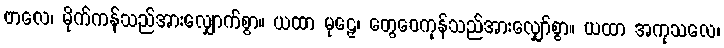
ဗာလေ၊ မိုက်ကန်သည်အားလျှောက်စွာ။ ယထာ မုဠှေ၊ တွေဝေကုန်သည်အားလျှော်စွာ။ ယထာ အကုသလေ၊